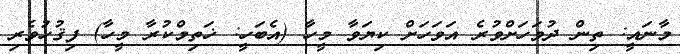
މާނައީ: ތިން ދުވަހަށްވުރެ އަވަހަށް ކިޔަވާ މީހާ (އެބަހީ: ޚަތިމްކުރާ މީހާ) ފިޤުހުވެރި